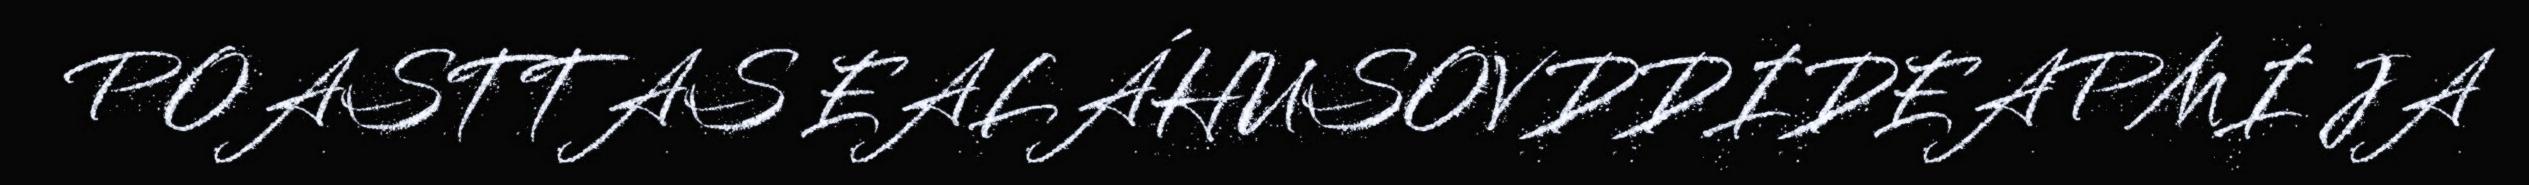
POASTTAS EALÁHUSOVDDIDEAPMI JA